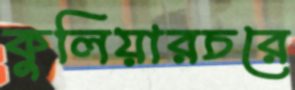
কুলিয়ারচরে